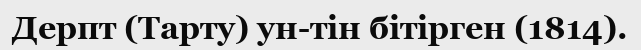
Дерпт (Тарту) ун-тін бітірген (1814).